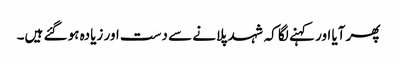
پھر آیا اور کہنے لگا کہ شہد پلانے سے دست اور زیادہ ہو گئے ہیں۔